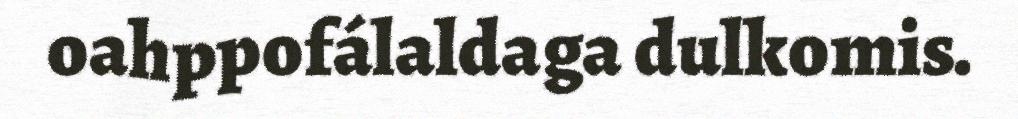
oahppofálaldaga dulkomis.